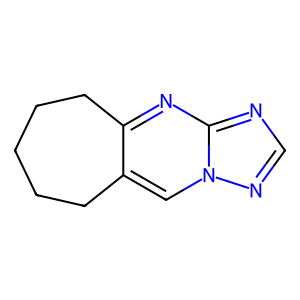
SMILES: c1nc2nc3c(cn2n1)CCCCC3
Inhibits HIV replication: No